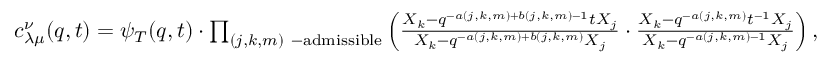
\begin{array} { r } { c _ { \lambda \mu } ^ { \nu } ( q , t ) = \psi _ { T } ( q , t ) \cdot \prod _ { ( j , k , m ) \ - \mathrm { a d m i s s i b l e } } \left( \frac { X _ { k } - q ^ { - a ( j , k , m ) + b ( j , k , m ) - 1 } t X _ { j } } { X _ { k } - q ^ { - a ( j , k , m ) + b ( j , k , m ) } X _ { j } } \cdot \frac { X _ { k } - q ^ { - a ( j , k , m ) } t ^ { - 1 } X _ { j } } { X _ { k } - q ^ { - a ( j , k , m ) - 1 } X _ { j } } \right) , } \end{array}